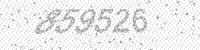
Solution: 859526